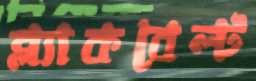
ব্ল্যাকবেল্ট